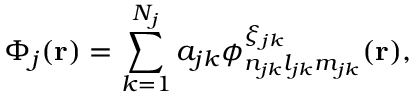
\Phi _ { j } ( \mathbf { r } ) = \sum _ { k = 1 } ^ { N _ { j } } a _ { j k } \phi _ { n _ { j k } l _ { j k } m _ { j k } } ^ { \xi _ { j k } } ( \mathbf { r } ) ,